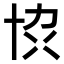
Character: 𫝓